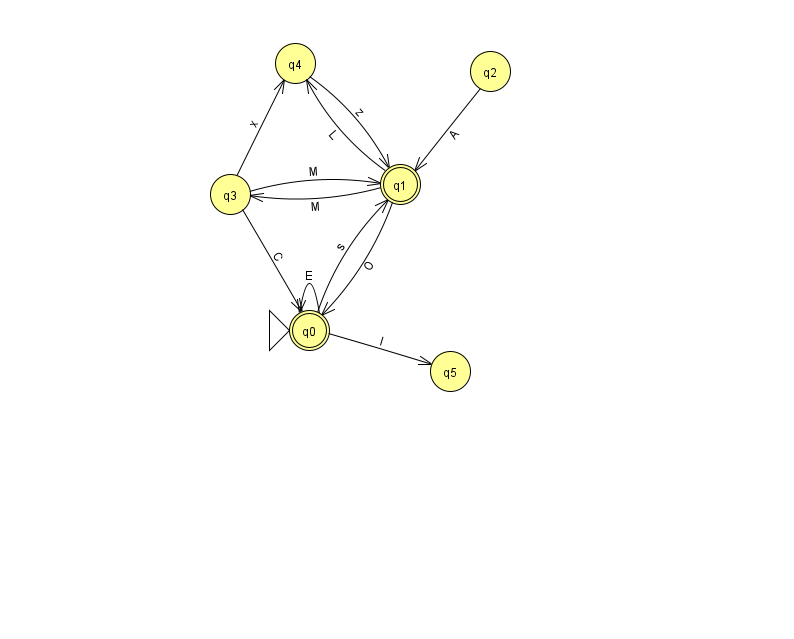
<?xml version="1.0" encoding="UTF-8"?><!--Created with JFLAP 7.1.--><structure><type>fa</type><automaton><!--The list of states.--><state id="0" name="q0"><x>309.0</x><y>317.0</y><initial/><final/></state><state id="1" name="q1"><x>400.0</x><y>171.0</y><final/></state><state id="2" name="q2"><x>490.0</x><y>58.0</y></state><state id="3" name="q3"><x>230.0</x><y>181.0</y></state><state id="4" name="q4"><x>295.0</x><y>50.0</y></state><state id="5" name="q5"><x>450.0</x><y>358.0</y></state><!--The list of transitions.--><transition><from>3</from><to>0</to><read>C</read></transition><transition><from>0</from><to>5</to><read>I</read></transition><transition><from>0</from><to>1</to><read>s</read></transition><transition><from>0</from><to>0</to><read>E</read></transition><transition><from>2</from><to>1</to><read>A</read></transition><transition><from>1</from><to>0</to><read>O</read></transition><transition><from>1</from><to>3</to><read>M</read></transition><transition><from>3</from><to>1</to><read>M</read></transition><transition><from>4</from><to>1</to><read>z</read></transition><transition><from>1</from><to>4</to><read>L</read></transition><transition><from>3</from><to>4</to><read>x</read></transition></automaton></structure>